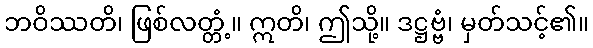
ဘဝိဿတိ၊ ဖြစ်လတ္တံ့။ ဣတိ၊ ဤသို့။ ဒဋ္ဌဗ္ဗံ၊ မှတ်သင့်၏။